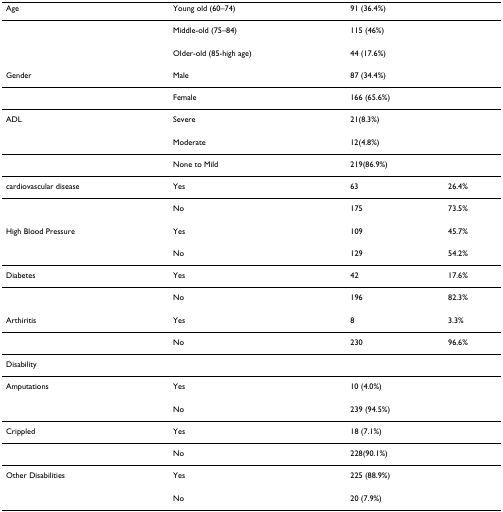
<table><thead><tr><td><b>Age</b></td><td><b>Young old (60–74)</b></td><td><b>91 (36.4%)</b></td><td></td></tr></thead><tbody><tr><td></td><td>Middle-old (75–84)</td><td>115 (46%)</td><td></td></tr><tr><td></td><td>Older-old (85-high age)</td><td>44 (17.6%)</td><td></td></tr><tr><td>Gender</td><td>Male</td><td>87 (34.4%)</td><td></td></tr><tr><td></td><td>Female</td><td>166 (65.6%)</td><td></td></tr><tr><td>ADL</td><td>Severe</td><td>21(8.3%)</td><td></td></tr><tr><td></td><td>Moderate</td><td>12(4.8%)</td><td></td></tr><tr><td></td><td>None to Mild</td><td>219(86.9%)</td><td></td></tr><tr><td>cardiovascular disease</td><td>Yes</td><td>63</td><td>26.4%</td></tr><tr><td></td><td>No</td><td>175</td><td>73.5%</td></tr><tr><td>High Blood Pressure</td><td>Yes</td><td>109</td><td>45.7%</td></tr><tr><td></td><td>No</td><td>129</td><td>54.2%</td></tr><tr><td>Diabetes</td><td>Yes</td><td>42</td><td>17.6%</td></tr><tr><td></td><td>No</td><td>196</td><td>82.3%</td></tr><tr><td>Arthiritis</td><td>Yes</td><td>8</td><td>3.3%</td></tr><tr><td></td><td>No</td><td>230</td><td>96.6%</td></tr><tr><td>Disability</td><td></td><td></td><td></td></tr><tr><td>Amputations</td><td>Yes</td><td>10 (4.0%)</td><td></td></tr><tr><td></td><td>No</td><td>239 (94.5%)</td><td></td></tr><tr><td>Crippled</td><td>Yes</td><td>18 (7.1%)</td><td></td></tr><tr><td></td><td>No</td><td>228(90.1%)</td><td></td></tr><tr><td>Other Disabilities</td><td>Yes</td><td>225 (88.9%)</td><td></td></tr><tr><td></td><td>No</td><td>20 (7.9%)</td><td></td></tr></tbody></table>